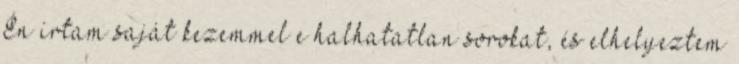
Én írtam saját kezemmel e halhatatlan sorokat, és elhelyeztem